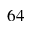
6 4